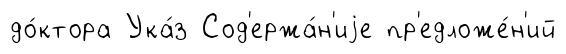
до́ктора Ука́з Сод'ержа́н'иjе пр'едложе́н'ий